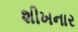
શીખનાર